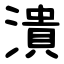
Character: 潰